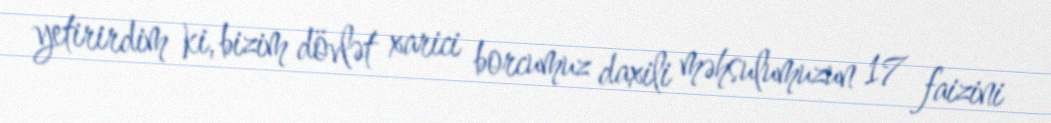
yetirirdim ki, bizim dövlət xarici borcumuz daxili məhsulumuzun 17 faizini